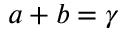
a + b = \gamma